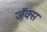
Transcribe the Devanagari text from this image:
जॅक्स